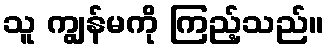
သူ ကျွန်မကို ကြည့်သည်။